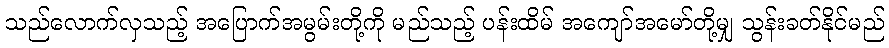
သည်လောက်လှသည့် အပြောက်အမွမ်းတို့ကို မည်သည့် ပန်းထိမ် အကျော်အမော်တို့မျှ သွန်းခတ်နိုင်မည်